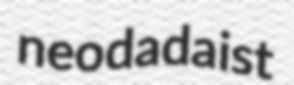
neodadaist